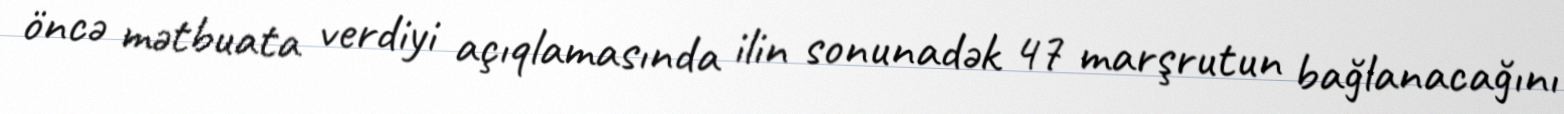
öncə mətbuata verdiyi açıqlamasında ilin sonunadək 47 marşrutun bağlanacağını